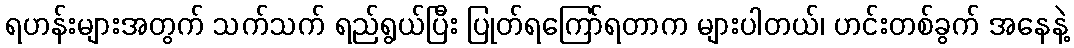
ရဟန်းများအတွက် သက်သက် ရည်ရွယ်ပြီး ပြုတ်ရကြော်ရတာက များပါတယ်၊ ဟင်းတစ်ခွက် အနေနဲ့